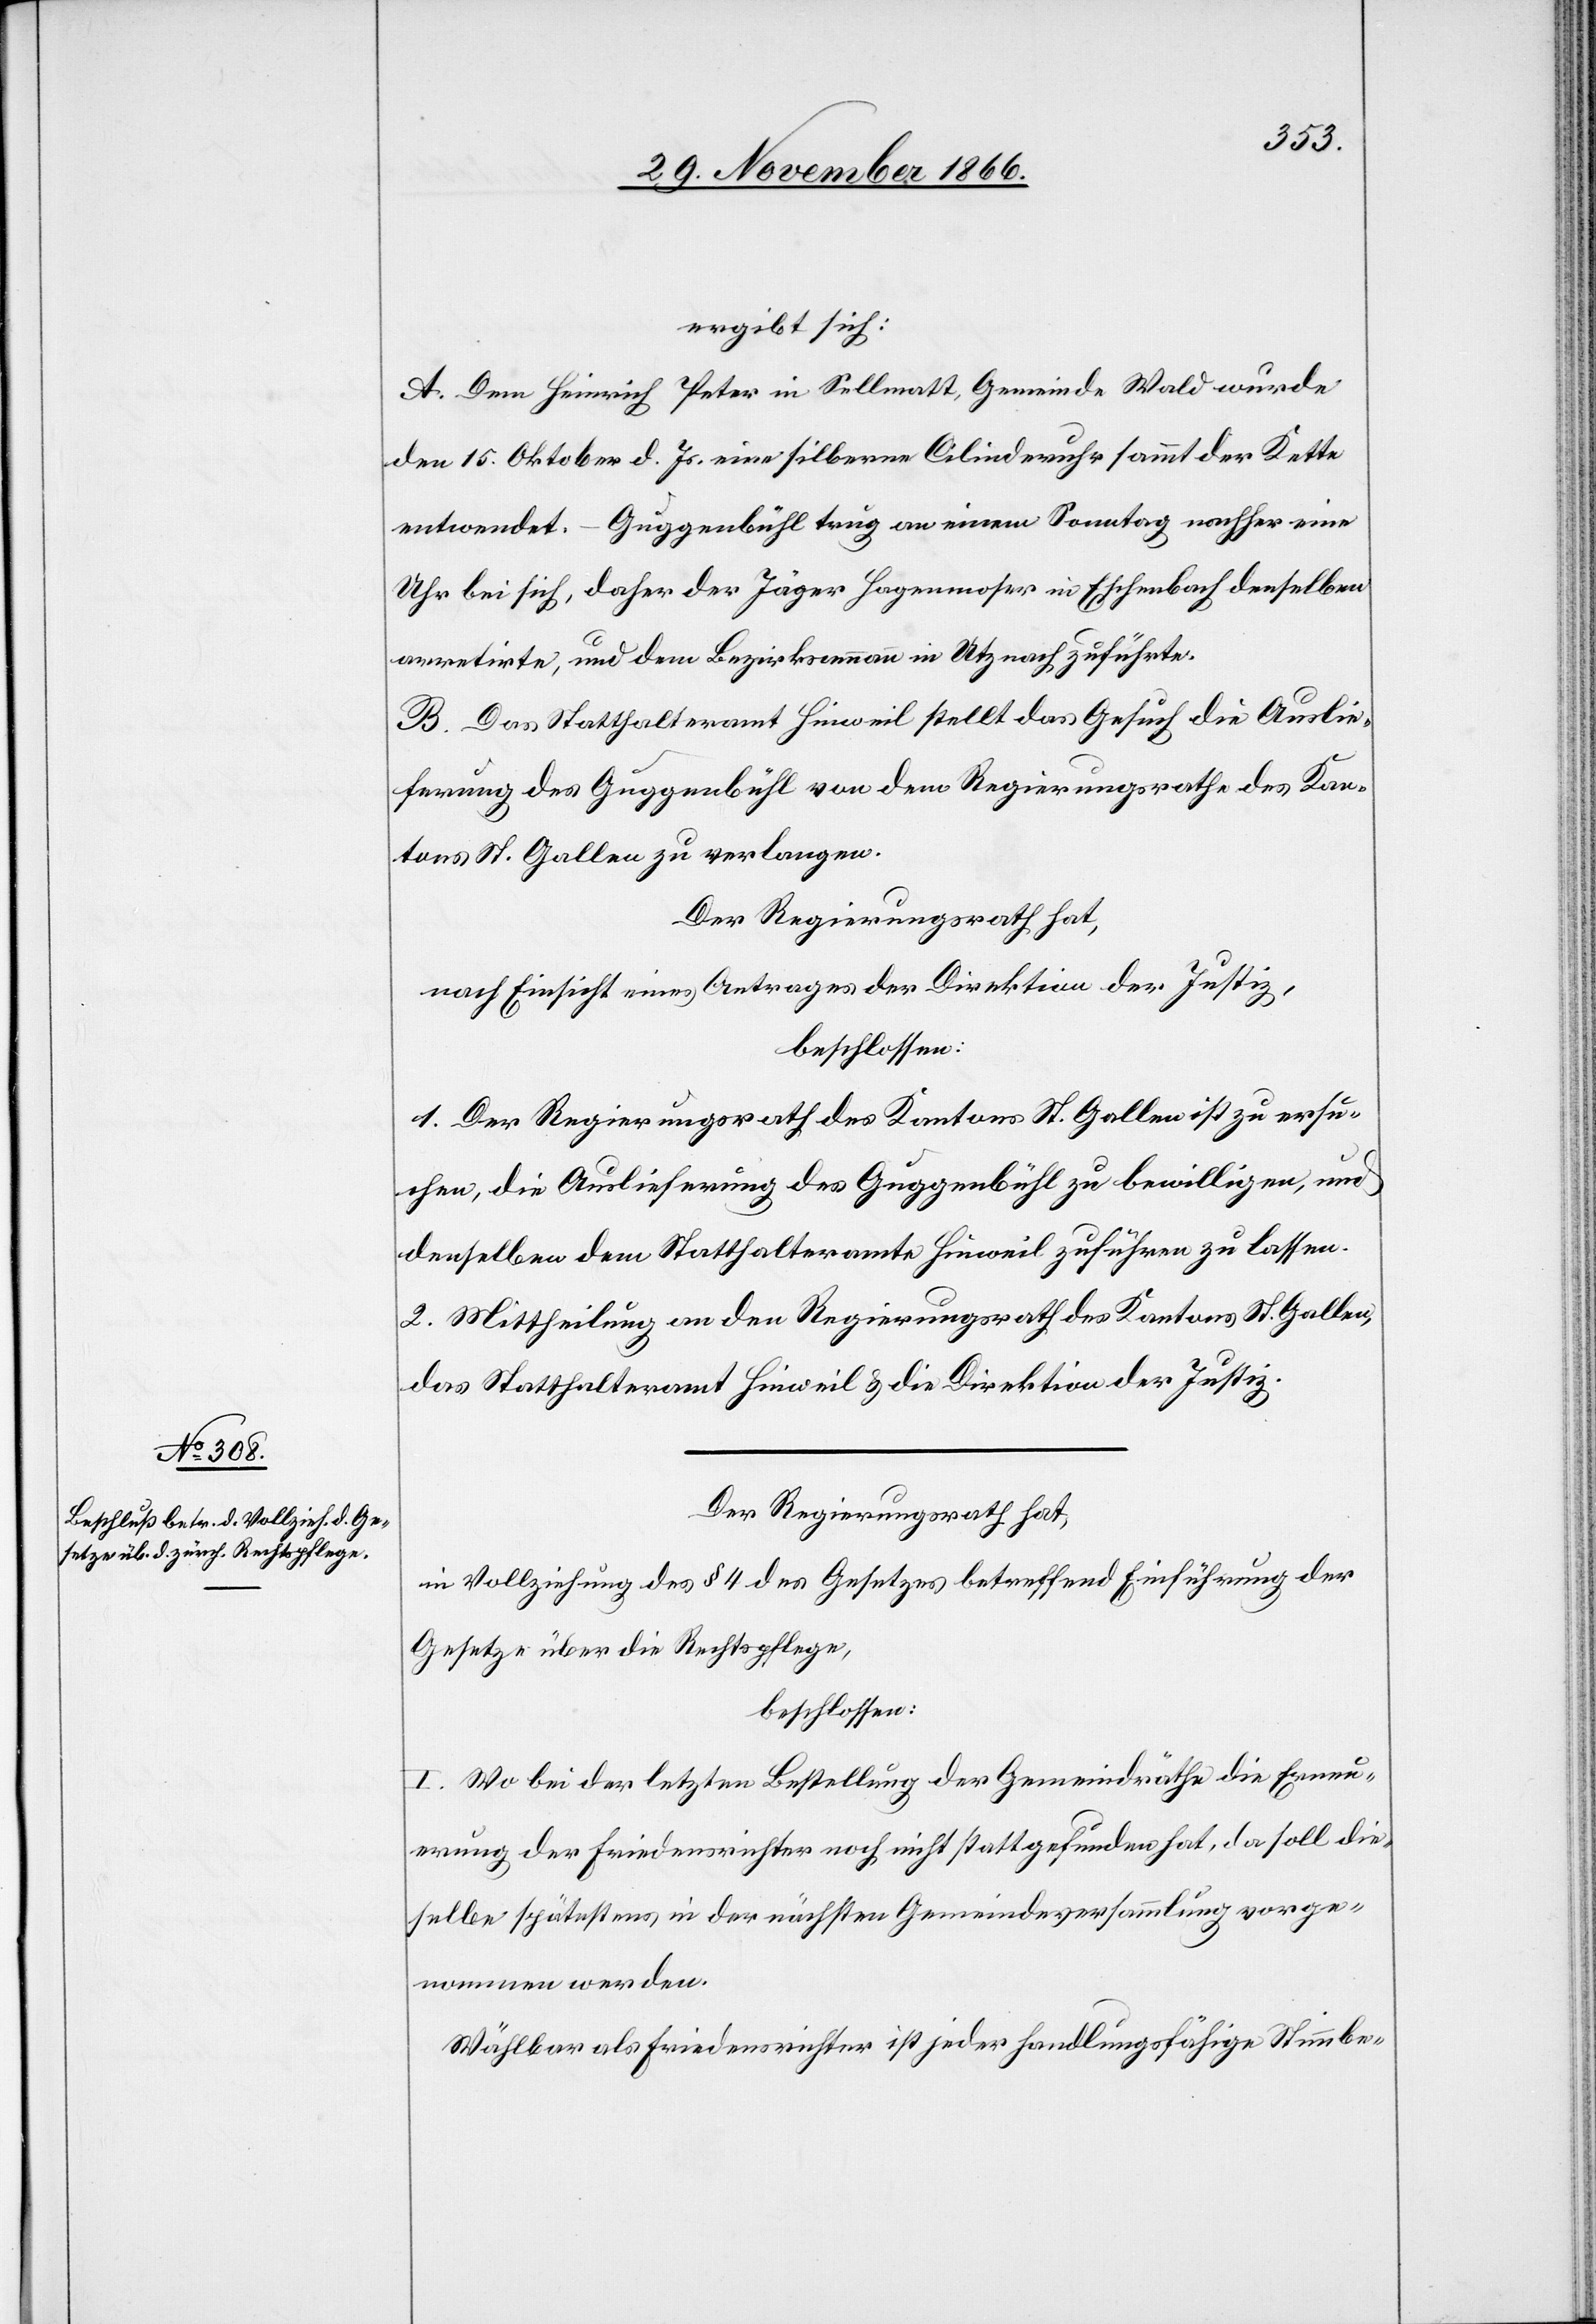
ergibt sich:
A. Dem Heinrich Peter in Sellmatt, Gemeinde Wald wurde
den 15. Oktober d. Js. eine silberne Cilinderuhr sammt der Kette
entwendet. – Guggenbühl trug an einem Sonntag nachher eine
Uhr bei sich, daher der Jäger Hagenmoser in Eschenbach denselben
arretirte, und dem Bezirksammann in Utznach zuführte.
B. Das Statthalteramt Hinweil stellt das Gesuch die Auslie¬
ferung des Guggenbühl von dem Regierungsrathe des Kan¬
tons St. Gallen zu verlangen.
Der Regierungsrath hat,
nach Einsicht eines Antrages der Direktion der Justiz,
beschlossen:
1. Der Regierungsrath des Kantons St. Gallen ist zu ersu¬
chen, die Auslieferung des Guggenbühl zu bewilligen, und
denselben dem Statthalteramte Hinweil zuführen zu lassen.
2. Mittheilung an den Regierungsrath des Kantons St. Gallen,
das Statthalteramt Hinweil & die Direktion der Justiz.
Der Regierungsrath hat,
in Vollziehung des § 4 des Gesetzes betreffend Einführung der
Gesetze über die Rechtspflege,
beschlossen:
I. Wo bei der letzten Bestellung der Gemeindräthe die Erneu¬
erung der Friedensrichter noch nicht stattgefunden hat, da soll die¬
selbe spätestens in der nächsten Gemeindeversammlung vorge¬
nommen werden.
Wählbar als Friedensrichter ist jeder handlungsfähige Stimmbe-